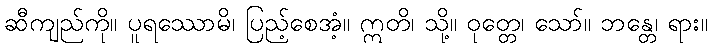
ဆီကျည်ကို။ ပူရဿောမိ၊ ပြည့်စေအံ့။ ဣတိ၊ သို့။ ဝုတ္တေ၊ သော်။ ဘန္တေ၊ ရား။